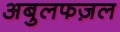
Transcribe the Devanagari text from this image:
अबुलफज़ल